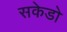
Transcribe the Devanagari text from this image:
सकेडो